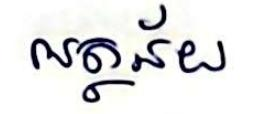
អត្ថន័យ